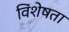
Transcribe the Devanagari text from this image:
विंशेषता